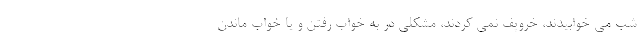
شب می خوابیدند، خروپف نمی کردند، مشکلی در به خواب رفتن و یا خواب ماندن